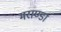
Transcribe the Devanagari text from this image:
मराण्डा